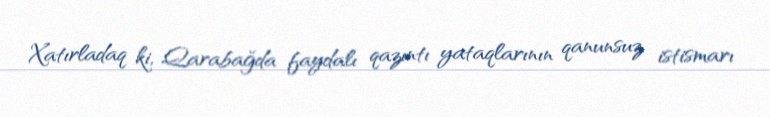
Xatırladaq ki, Qarabağda faydalı qazıntı yataqlarının qanunsuz istismarı